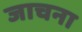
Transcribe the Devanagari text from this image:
जाचना